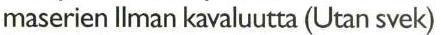
maserien IIman kavaluutta (Utan svek)